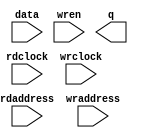
module buffer_dp (
	data,
	rdaddress,
	rdclock,
	wraddress,
	wrclock,
	wren,
	q);
	input	[7:0]  data;
	input	[8:0]  rdaddress;
	input	  rdclock;
	input	[8:0]  wraddress;
	input	  wrclock;
	input	  wren;
	output	[7:0]  q;
`ifndef ALTERA_RESERVED_QIS
// synopsys translate_off
`endif
	tri1	  wrclock;
	tri0	  wren;
`ifndef ALTERA_RESERVED_QIS
// synopsys translate_on
`endif
endmodule